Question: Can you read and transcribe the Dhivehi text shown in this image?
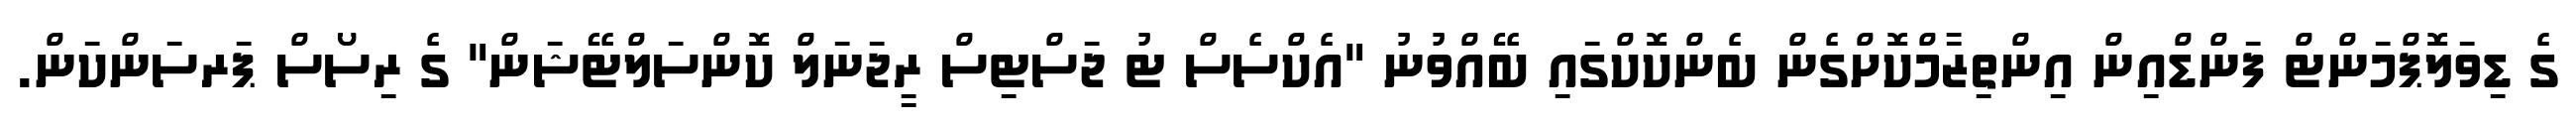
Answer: ގެ ޑިވަލޮޕްމަންޓް ފަންޑްއިން އިންތިޒާމްކޮށްގެން ބެންކޮކްގައި ބޭއްވުނު "އެކްސެސް ޓު ޖަސްޓިސް ރީޖަނަލް ކޮންސަލްޓޭޝަން" ގެ ރިސޯސް ޕަރސަންކަން.